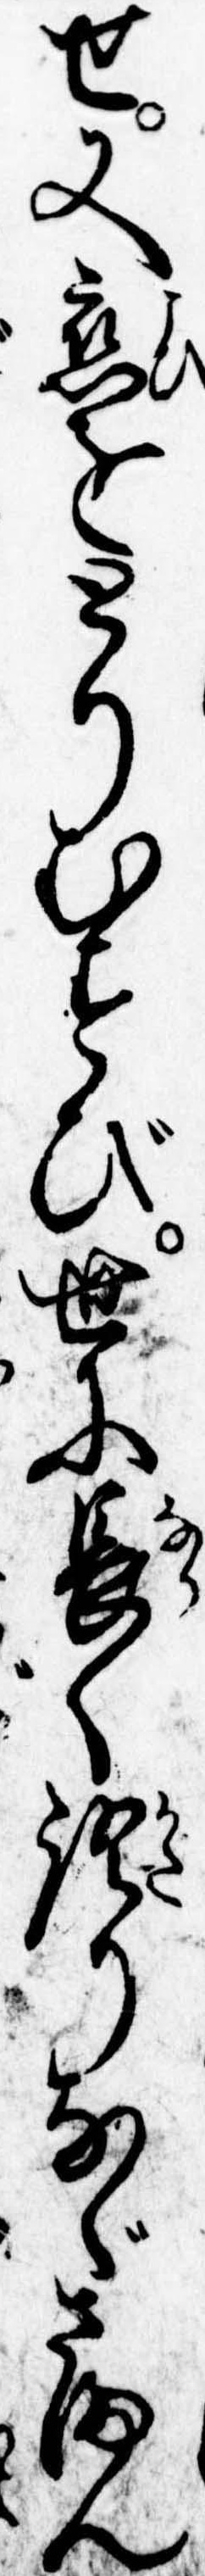
せ又恋をとりむすび世に長く語りなぐさまん